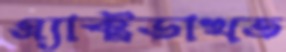
এ্যাক্টডাখত